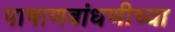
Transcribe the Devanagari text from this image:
पाषाणबांधणीच्या